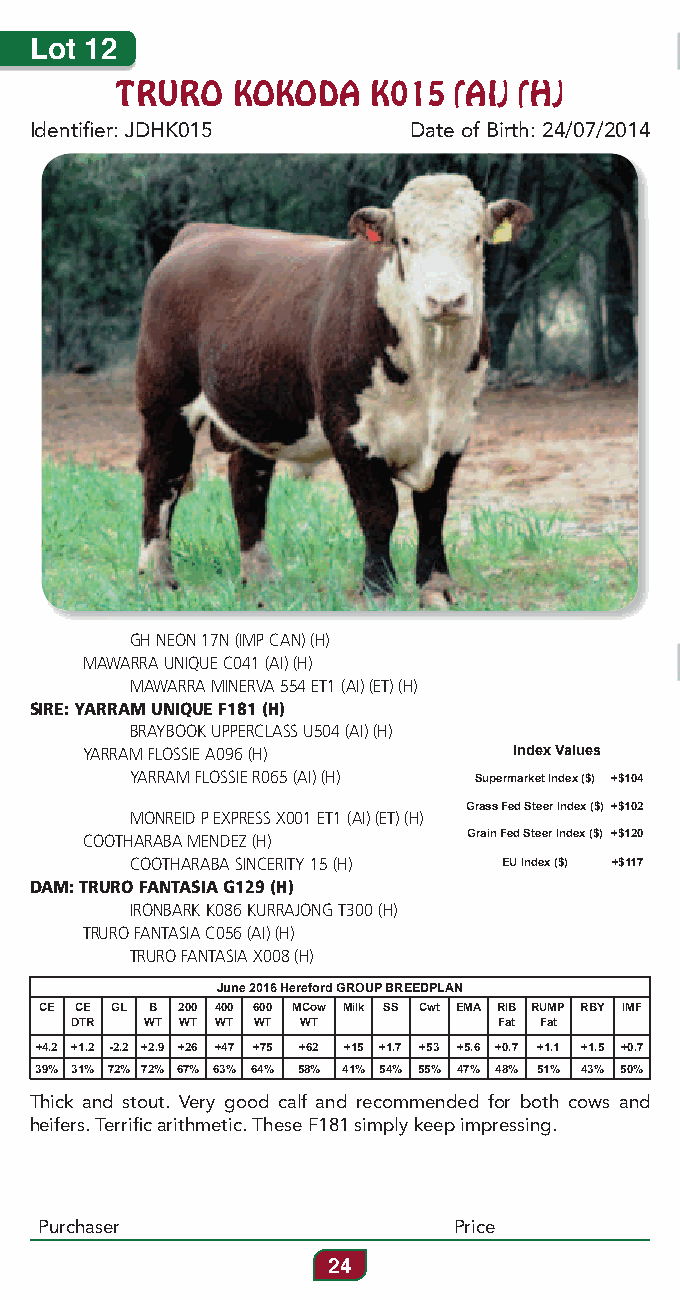
Lot 12
 TRURO  KOKODA   K015  (AI) (H)
 Identifier: JDHK015      Date of Birth: 24/07/2014
 GH NEON 17N (IMP CAN) (H)
 MAWARRA UNIQUE C041 (AI) (H)
 MAWARRA MINERVA 554 ET1 (AI) (ET) (H)
 SIRE: YARRAM UNIQUE F181 (H)
 BRAYBOOK UPPERCLASS U504 (AI) (H)
 YARRAM FLOSSIE A096 (H)      Index Values
 YARRAM FLOSSIE R065 (AI) (H) Supermarket Index ($) +$104
 Grass Fed Steer Index ($) +$102
 MONREID P EXPRESS X001 ET1 (AI) (ET) (H)
 COOTHARABA MENDEZ (H)     Grain Fed Steer Index ($) +$120
 COOTHARABA SINCERITY 15 (H) EU Index ($) +$117
 DAM: TRURO FANTASIA G129 (H)
 IRONBARK K086 KURRAJONG T300 (H)
 TRURO FANTASIA C056 (AI) (H)
 TRURO FANTASIA X008 (H)
 June 2016 Hereford GROUP BREEDPLAN
 CE CE GL B 200 400 600 MCow Milk SS Cwt EMA RIB RUMP RBY IMF
 DTR  WT WT WT WT WT         Fat Fat
 +4.2 +1.2 -2.2 +2.9 +26 +47 +75 +62 +15 +1.7 +53 +5.6 +0.7 +1.1 +1.5 +0.7
 39% 31% 72% 72% 67% 63% 64% 58% 41% 54% 55% 47% 48% 51% 43% 50%
 Thick and stout. Very good calf and recommended for both cows and
 heifers. Terrific arithmetic. These F181 simply keep impressing.
 Purchaser                  Price
 24